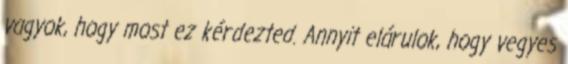
vagyok, hogy most ez kérdezted. Annyit elárulok, hogy vegyes